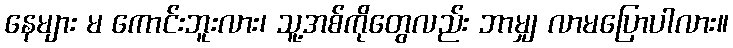
နေများ မ ကောင်းဘူးလား၊ သူ့အစ်ကိုတွေလည်း ဘာမျှ လာမပြောပါလား။